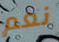
نعم